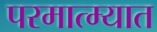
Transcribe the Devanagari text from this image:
परमात्म्यात